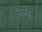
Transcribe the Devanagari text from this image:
रूंगे